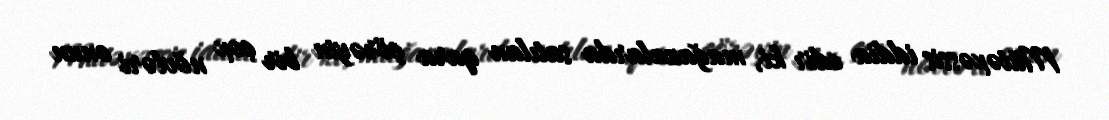
Mütəxəssis iddia edir ki, mağazalarda satılan qara çörəyin bir çox növləri onun